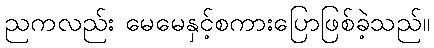
ညကလည်း မေမေနှင့်စကားပြောဖြစ်ခဲ့သည်။